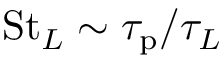
\mathrm { S t } _ { L } \sim \tau _ { \mathrm { p } } / \tau _ { L }